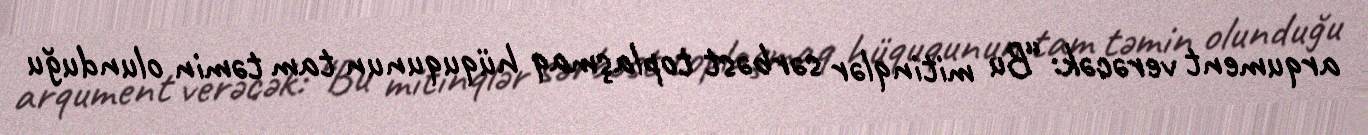
arqument verəcək: “Bu mitinqlər sərbəst toplaşmaq hüququnun tam təmin olunduğu